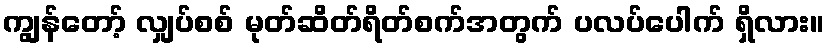
ကျွန်တော့် လျှပ်စစ် မုတ်ဆိတ်ရိတ်စက်အတွက် ပလပ်ပေါက် ရှိလား။